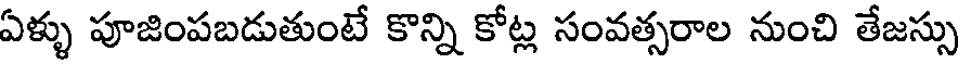
ఏళ్ళు పూజింపబడుతుంటే కొన్ని కోట్ల సంవత్సరాల నుంచి తేజస్సు